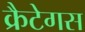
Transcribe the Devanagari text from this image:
क्रैटेगस